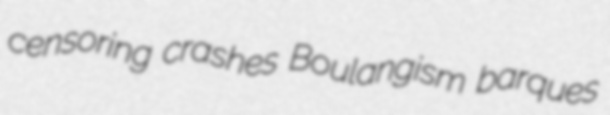
censoring crashes Boulangism barques